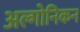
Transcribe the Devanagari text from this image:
अल्गोनिकन